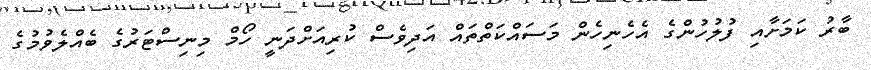
ބާރު ކަމަށާއި ފުލުހުންގެ އެހެނިހެން މަސައްކަތްތައް އަދިވެސް ކުރިއަށްދަނީ ހޯމް މިނިސްޓަރުގެ ބެއްލެވުމުގެ